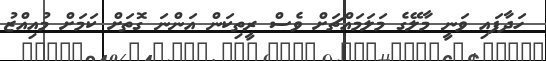
ހަދާފައި ވަނީ މާލޭގެ މަލަމައްޗަށް ވެސް ރީތިކަން އަންނަ ގޮތަށް ކަމަށް މުއިއްޒު